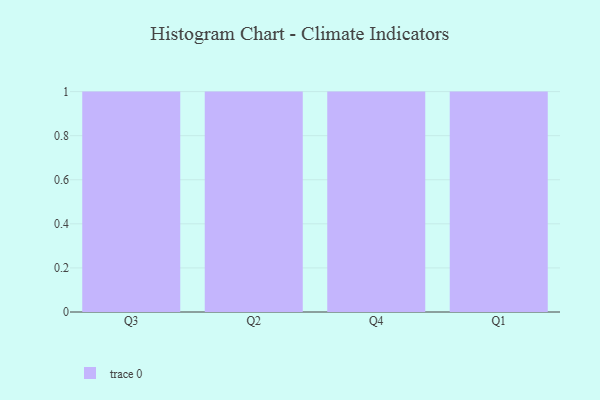
{"axis": {"x": "Quarter", "y": "Net Income (USD K)"}, "legend": [""], "data": [{"x": "Q3", "y": 76, "type": ""}, {"x": "Q2", "y": 19, "type": ""}, {"x": "Q4", "y": 45, "type": ""}, {"x": "Q1", "y": 9, "type": ""}]}